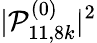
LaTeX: |\mathcal{P}_{11,8k}^{(0)}|^{2}